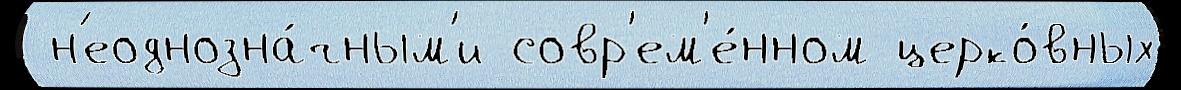
 н'еоднозна́чным'и совр'ем'е́нном церко́вных